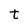
Character: t